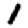
Digit: 1